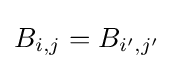
B_{i,j}=B_{i',j'}